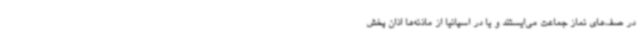
در صف‌های‌ نماز جماعت می‌ایستند و یا در اسپانیا از ماذنه‌ها اذان پخش